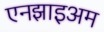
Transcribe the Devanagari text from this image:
एनझाइअम